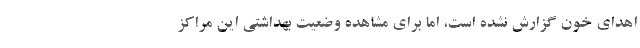
اهدای خون گزارش نشده است، اما برای مشاهده وضعیت بهداشتی این مراکز